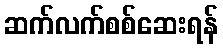
ဆက်လက်စစ်ဆေးရန်